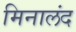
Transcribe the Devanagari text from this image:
मिनालंद